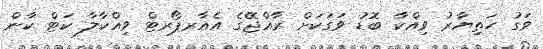
ވަގު ހަތިޔާރު ވިއްކާ ބޮޑު ވަގަކަށް ރާއްޖޭގެ އެއާރޕޯރޓް ވިއްކާލާ ކަޓް ކާން